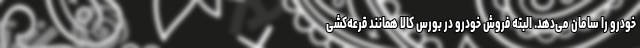
خودرو را سامان می‌دهد. البته فروش خودرو در بورس کالا همانند قرعه‌کشی